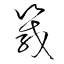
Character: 箴